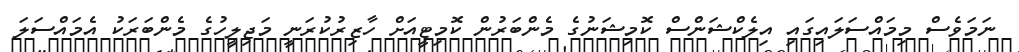
ނަމަވެސް މިމައްސަލައިގައި އިލެކްޝަންސް ކޮމިޝަނުގެ މެންބަރުން ކޮމިޓީއަށް ހާޒިރުކުރަނީ މަޖިލީހުގެ މެންބަރަކު އެމައްސަލަ